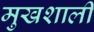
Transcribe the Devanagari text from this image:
मुखशाली